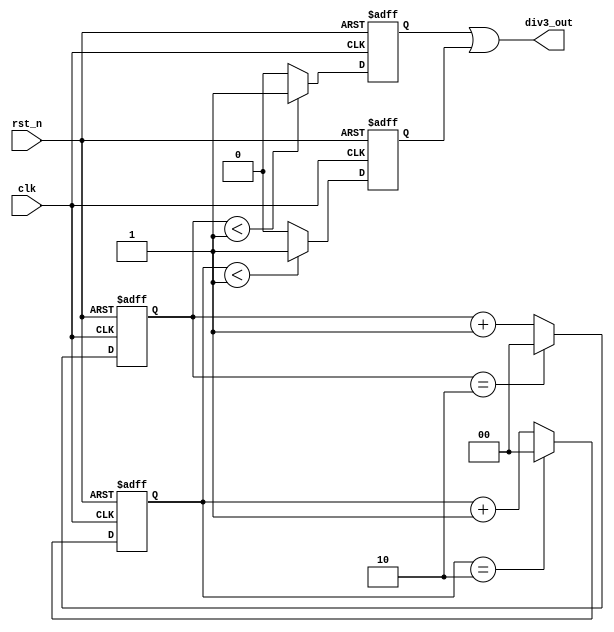
module div3 (
input clk, rst_n,
output div3_out
);
	
reg [1:0] cnt_p, cnt_n;
reg div_p, div_n;
	
assign div3_out = div_p | div_n;

always @(posedge clk, negedge rst_n)
begin
if (!rst_n)
cnt_p <= 2'd0;
else if(cnt_p == 2'd2)
cnt_p <= 2'd0;
else
cnt_p <= cnt_p + 2'd1;
end
	
always @(posedge clk, negedge rst_n)
begin
if (!rst_n)
div_p <= 1'b1;
else if (cnt_p < 2'd1)
div_p <= 1'b1;
else
div_p <= 1'b0;
end

always @(negedge clk, negedge rst_n)
begin
if (!rst_n)
cnt_n <= 2'd0;
else if(cnt_n == 2'd2)
cnt_n <= 2'd0;
else
cnt_n <= cnt_n + 2'd1;
end
	
always @(negedge clk, negedge rst_n)
begin
if (!rst_n)
div_n <= 1'b1;
else if (cnt_n < 2'd1)
div_n <= 1'b1;
else
div_n <= 1'b0;
end

endmodule